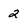
Character: 2